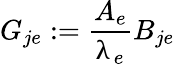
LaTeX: G_{je}:=\frac{A_{e}}{\uplambda_{e}}B_{je}